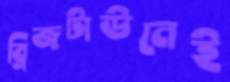
ব্রিজটাউনেই